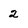
Character: 2